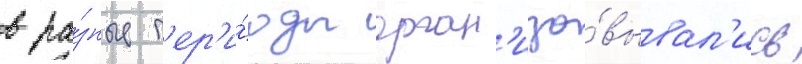
в ра́зные п'ер'и́оды орган'изо́вывал'ись